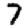
Digit: 7